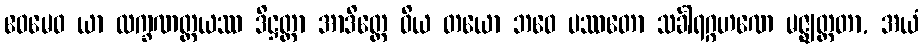
ဧဝမေဝ ယာ လက္ခဏတ္တယဿ ဒိဋ္ဌတ္တာ အာဒိတ္တေ ဝိယ တယော ဘဝေ ပဿတော သင်္ခါရဂ္ဂဟဏေ မဇ္ဈတ္တတာ, အယံ